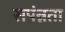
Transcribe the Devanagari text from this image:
सपंन्नता